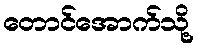
တောင်အောက်သို့